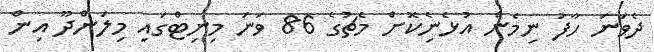
ދެވަނަ ހާފު ނިމެން އުޅެނެިކޮށް މެޗުގެ 86 ވަނަ މިނިޓްގައި މިލަންދޫ އިން